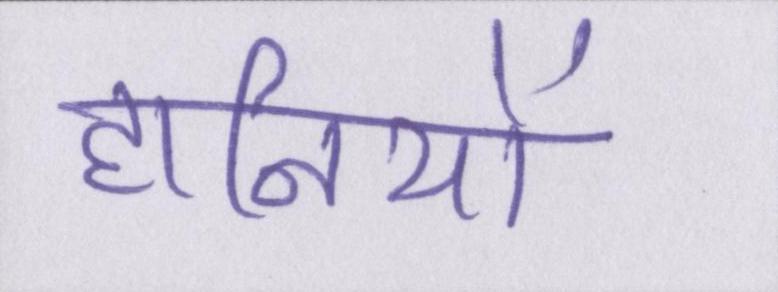
हानियों